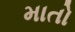
માતો